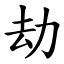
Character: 劫